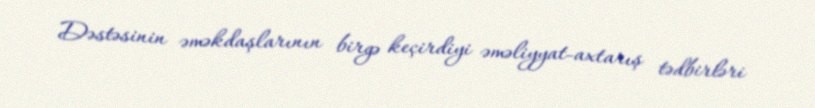
Dəstəsinin əməkdaşlarının birgə keçirdiyi əməliyyat-axtarış tədbirləri